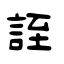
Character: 誈